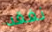
نفقد